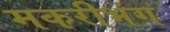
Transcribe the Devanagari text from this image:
मकरीभंग